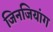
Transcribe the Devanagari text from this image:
जिनजियांग